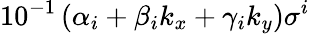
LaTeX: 10^{-1}\left(\alpha_{i}+\beta_{i}k_{x}+\gamma_{i}k_{y}\right)\sigma^{i}